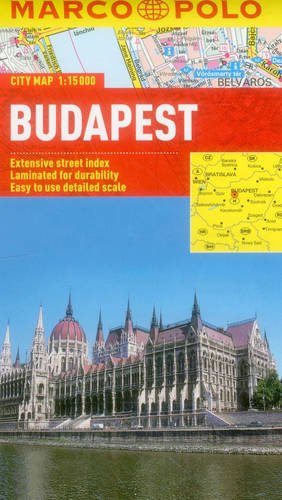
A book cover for Budapest Marco Polo City Map (Marco Polo City Maps); Marco Polo Travel; Travel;